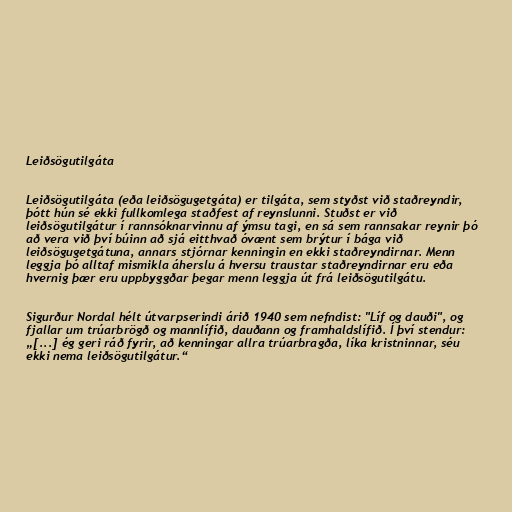
Leiðsögutilgáta

Leiðsögutilgáta (eða leiðsögugetgáta) er tilgáta, sem styðst við staðreyndir,
þótt hún sé ekki fullkomlega staðfest af reynslunni. Stuðst er við
leiðsögutilgátur í rannsóknarvinnu af ýmsu tagi, en sá sem rannsakar reynir þó
að vera við því búinn að sjá eitthvað óvænt sem brýtur í bága við
leiðsögugetgátuna, annars stjórnar kenningin en ekki staðreyndirnar. Menn
leggja þó alltaf mismikla áherslu á hversu traustar staðreyndirnar eru eða
hvernig þær eru uppbyggðar þegar menn leggja út frá leiðsögutilgátu.

Sigurður Nordal hélt útvarpserindi árið 1940 sem nefndist: "Líf og dauði", og
fjallar um trúarbrögð og mannlífið, dauðann og framhaldslífið. Í því stendur:
„[...] ég geri ráð fyrir, að kenningar allra trúarbragða, líka kristninnar, séu
ekki nema leiðsögutilgátur.“